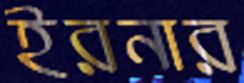
ইরনার